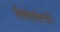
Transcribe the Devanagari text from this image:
लियोपोल्डो